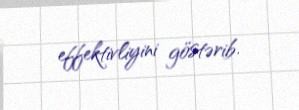
effektivliyini göstərib.